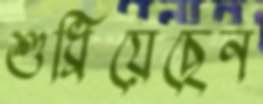
শুধ্‌রিয়েছেন